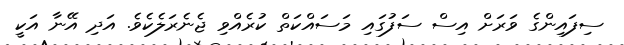
ސިފައިންގެ ވަރަށް އިސް ސަފުގައި މަސައްކަތް ކުރެއްވި ޖެނެރަލެކެވެ. އަދި އޭނާ އަކީ